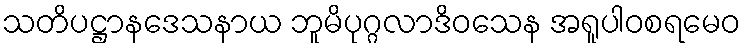
သတိပဋ္ဌာနဒေသနာယ ဘူမိပုဂ္ဂလာဒိဝသေန အရူပါဝစရမေဝ